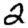
Digit: 2